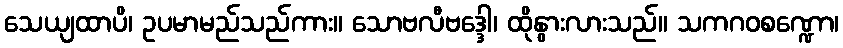
သေယျထာပိ၊ ဥပမာမည်သည်ကား။ သောဗလီဗဒ္ဒေါ၊ ထိုနွားလားသည်။ သကဂဝစဏ္ဍော၊